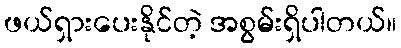
ဖယ်ရှားပေးနိုင်တဲ့ အစွမ်းရှိပါတယ်။